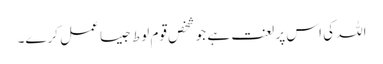
اللہ کی اس پر لعنت ہے جو شخص قومِ لوط جیسا عمل کرے۔